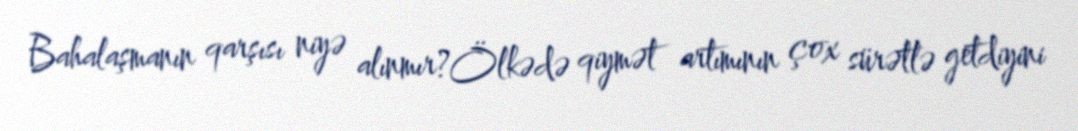
Bahalaşmanın qarşısı niyə alınmır?Ölkədə qiymət artımının çox sürətlə getdiyini